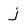
Character: j